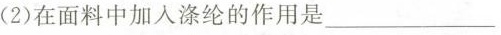
(2)在面料中加入涤纶的作用是___